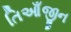
તિઆઁજીન